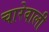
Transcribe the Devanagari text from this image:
चारेवाली